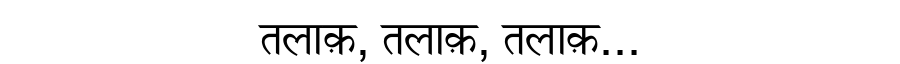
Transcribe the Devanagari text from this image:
तलाक़, तलाक़, तलाक़...